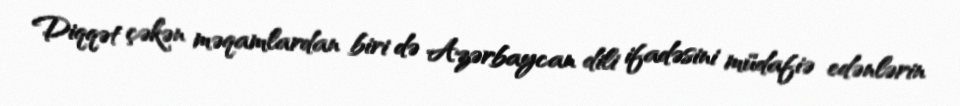
Diqqət çəkən məqamlardan biri də Azərbaycan dili ifadəsini müdafiə edənlərin